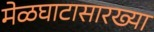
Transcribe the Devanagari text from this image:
मेळघाटासारख्या